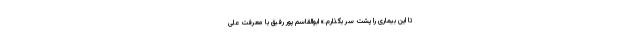
تا این بیماری را پشت سر بگذارم.» ابوالقاسم پور رفیق با معرفت علی